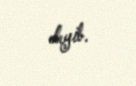
deyib.